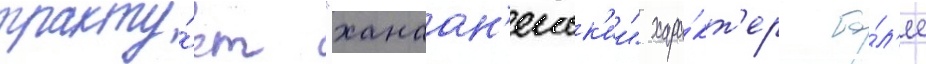
тракту́ет "ханаан'еиск'ии" хара́кт'ер бо́л'ее